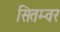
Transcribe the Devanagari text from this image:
सितम्वर